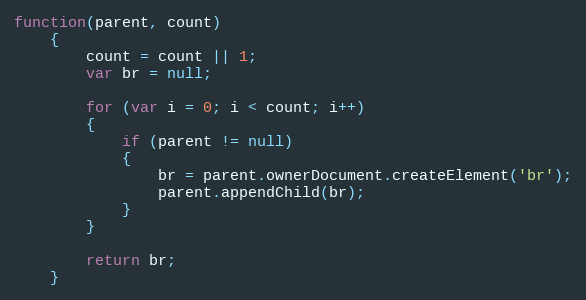
Language: JavaScript
function(parent, count)
	{
		count = count || 1;
		var br = null;

		for (var i = 0; i < count; i++)
		{
			if (parent != null)
			{
				br = parent.ownerDocument.createElement('br');
				parent.appendChild(br);
			}
		}

		return br;
	}